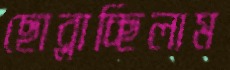
ছোব্‌লাচ্ছিলাম